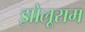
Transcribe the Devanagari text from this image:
झोलूराम